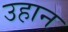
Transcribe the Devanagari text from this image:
उहान